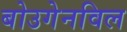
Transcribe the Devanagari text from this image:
बोउगेनविल